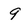
Character: 9